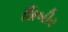
શિબીર